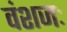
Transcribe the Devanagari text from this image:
वंशजः